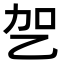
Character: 乫